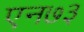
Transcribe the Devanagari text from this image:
एन७३